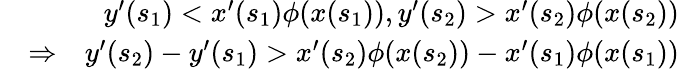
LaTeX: \begin{array}{rlr}&{}&{y^{\prime}(s_{1})<x^{\prime}(s_{1})\phi(x(s_{1})),y^{\prime}(s_{2})>x^{\prime}(s_{2})\phi(x(s_{2}))}\\ &{\Rightarrow}&{y^{\prime}(s_{2})-y^{\prime}(s_{1})>x^{\prime}(s_{2})\phi(x(s_{2}))-x^{\prime}(s_{1})\phi(x(s_{1}))}\end{array}